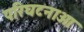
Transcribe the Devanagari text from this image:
परिघटनाओ